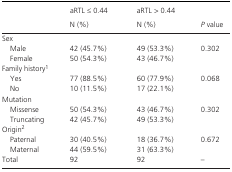
<table><thead><tr><td rowspan="2"></td><td><b>aRTL ≤ 0.44</b></td><td><b>aRTL &gt; 0.44</b></td><td rowspan="2"><b><i>P</i> value</b></td></tr><tr><td><b>N (%)</b></td><td><b>N (%)</b></td></tr></thead><tbody><tr><td colspan="4">Sex</td></tr><tr><td>Male</td><td>42 (45.7%)</td><td>49 (53.3%)</td><td rowspan="2">0.302</td></tr><tr><td>Female</td><td>50 (54.3%)</td><td>43 (46.7%)</td></tr><tr><td colspan="4">Family historya</td></tr><tr><td>Yes</td><td>77 (88.5%)</td><td>60 (77.9%)</td><td rowspan="2">0.068</td></tr><tr><td>No</td><td>10 (11.5%)</td><td>17 (22.1%)</td></tr><tr><td colspan="4">Mutation</td></tr><tr><td>Missense</td><td>50 (54.3%)</td><td>43 (46.7%)</td><td rowspan="2">0.302</td></tr><tr><td>Truncating</td><td>42 (45.7%)</td><td>49 (53.3%)</td></tr><tr><td colspan="4">Originb</td></tr><tr><td>Paternal</td><td>30 (40.5%)</td><td>18 (36.7%)</td><td rowspan="2">0.672</td></tr><tr><td>Maternal</td><td>44 (59.5%)</td><td>31 (63.3%)</td></tr><tr><td>Total</td><td>92</td><td>92</td><td>–</td></tr></tbody></table>